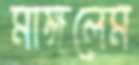
মাঙ্গলেম